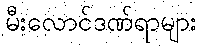
မီးလောင်ဒဏ်ရာများ